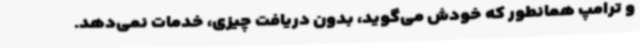
و ترامپ همانطور که خودش می‌گوید، بدون دریافت چیزی، خدمات نمی‌دهد.